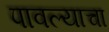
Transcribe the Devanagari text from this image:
पावल्याचा